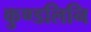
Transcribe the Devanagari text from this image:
कुण्डलिनि